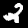
Digit: 2